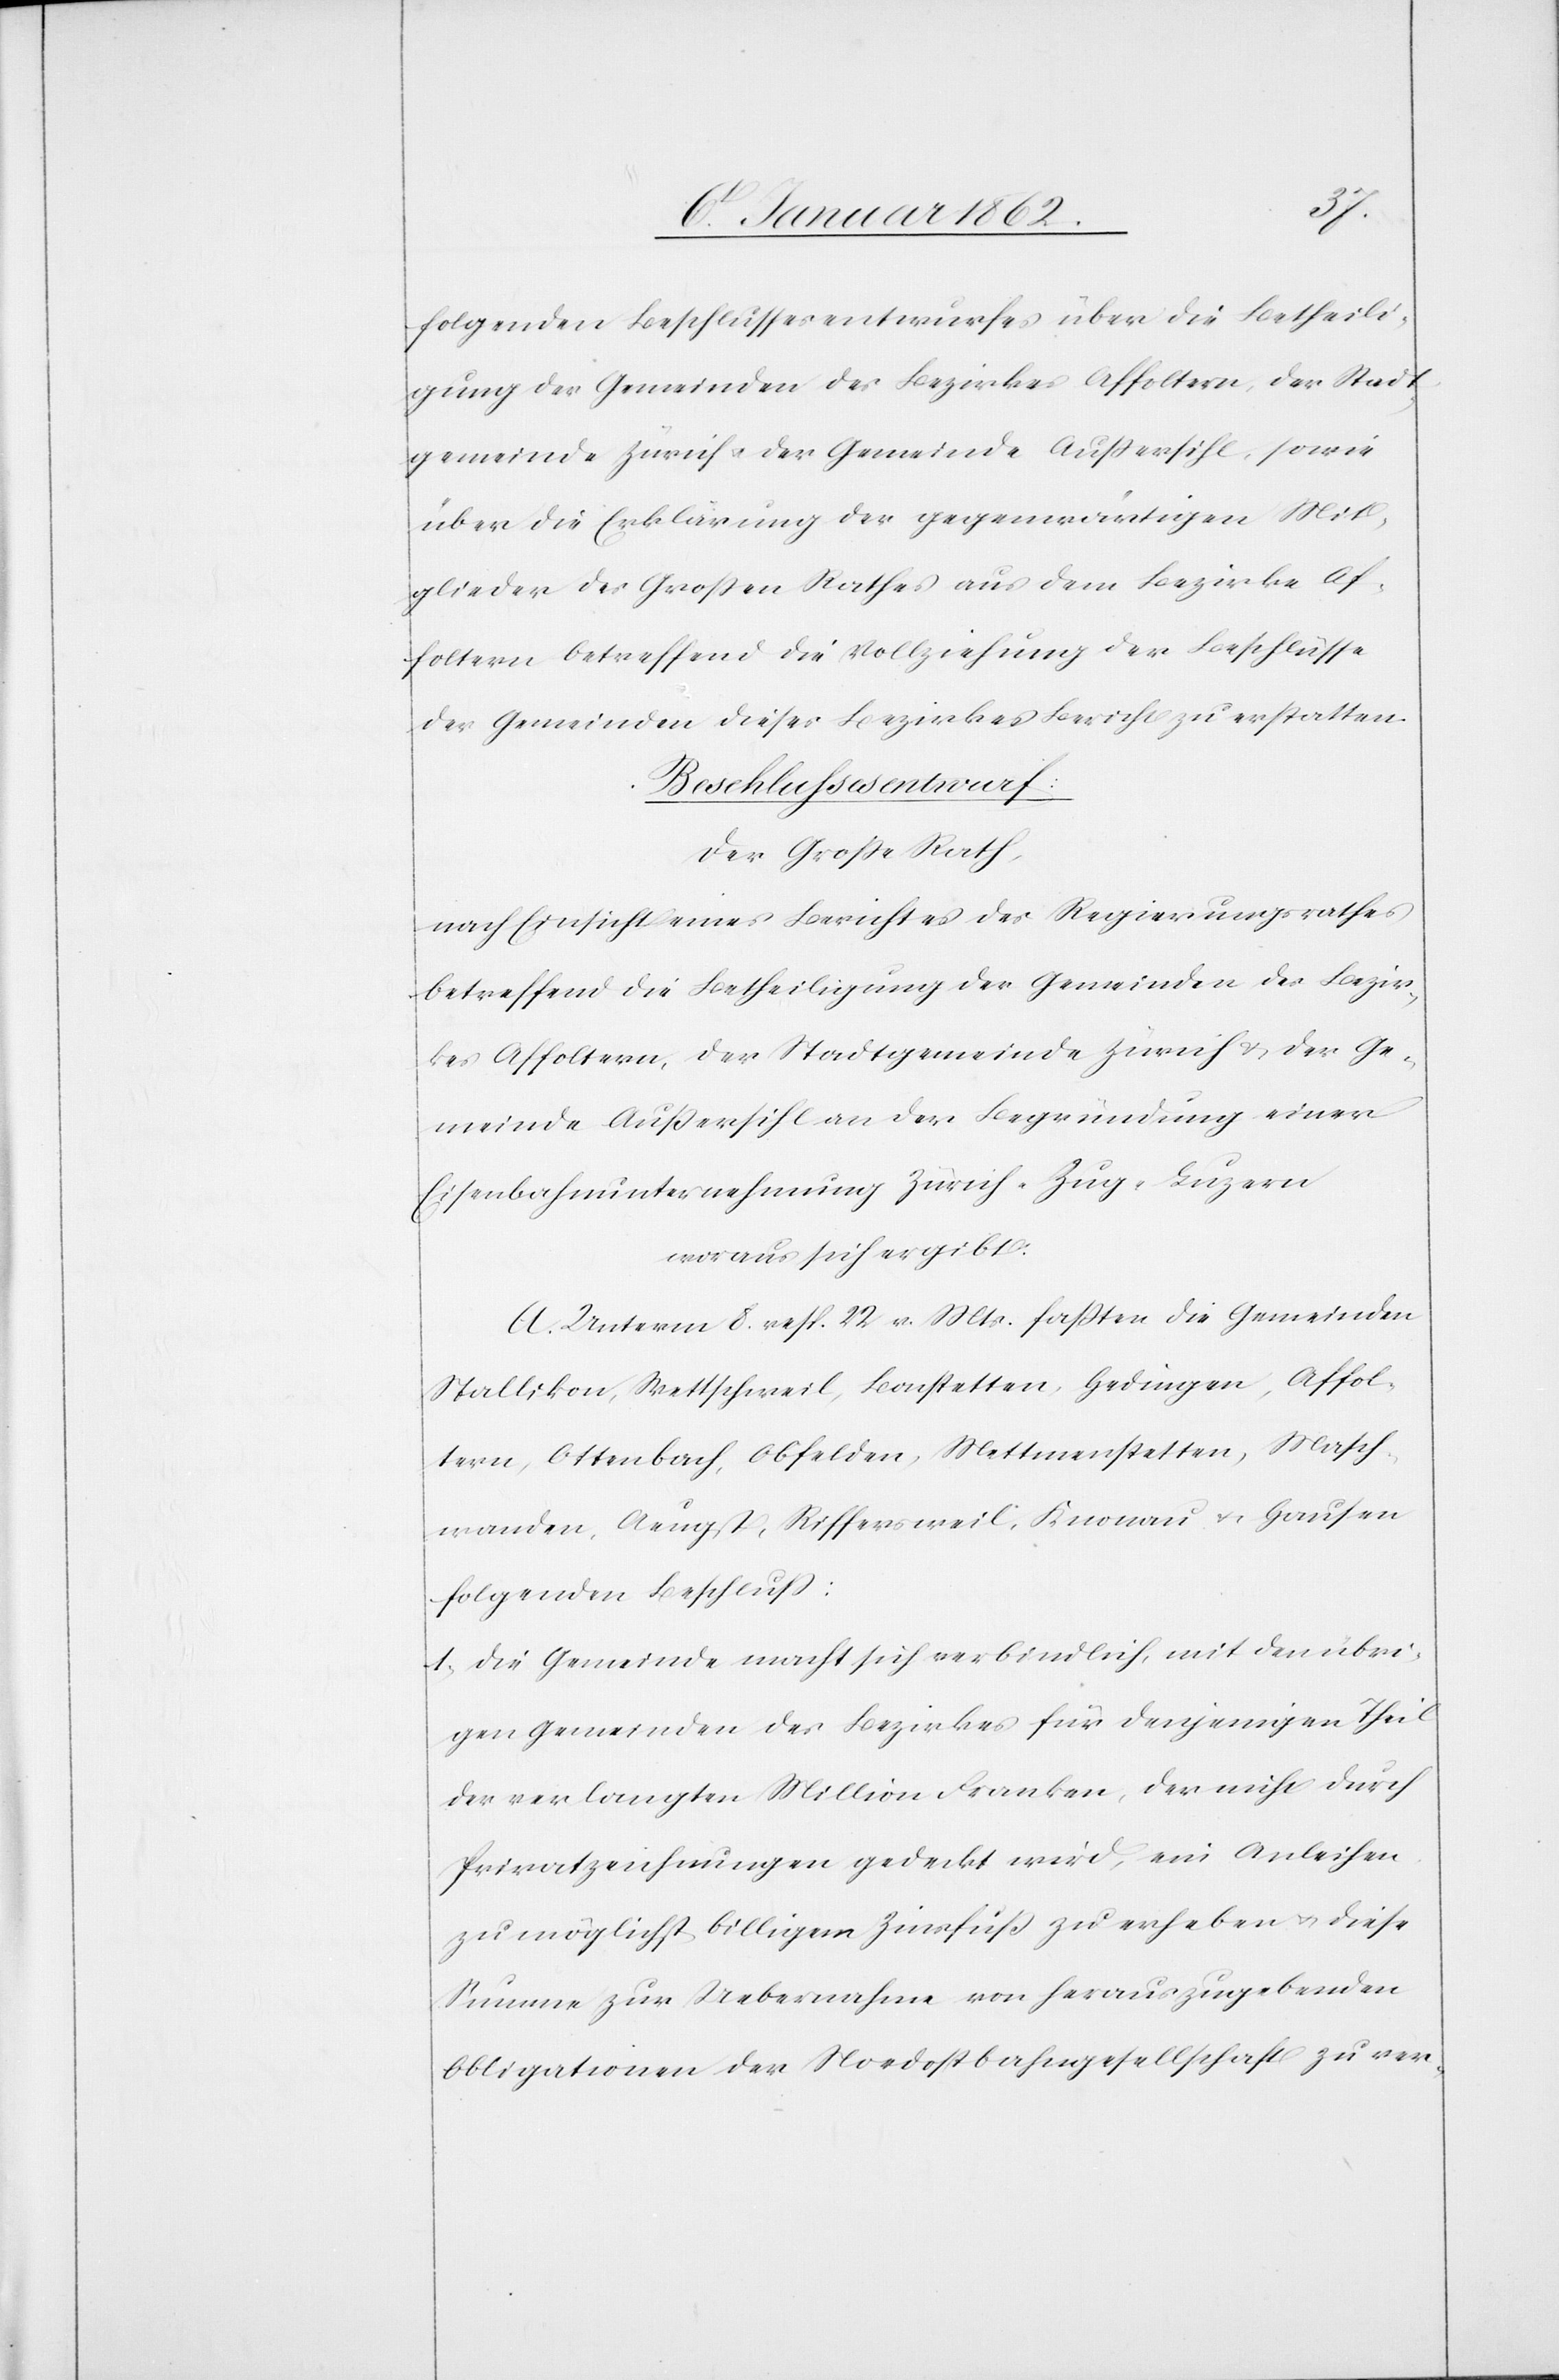
folgenden Beschlussesentwurfes über die Betheili¬
gung der Gemeinden des Bezirkes Affoltern, der Stadt¬
gemeinde Zürich u. der Gemeinde Außersihl, sowie
über die Erklärung der gegenwärtigen Mit¬
glieder des Großen Rathes aus dem Bezirke Af¬
foltern betreffend die Vollziehung der Beschlüsse
der Gemeinden dieses Bezirkes Bericht zu erstatten.
Beschlussesentwurf:
Der Große Rath,
nach Einsicht eines Berichtes des Regierungsrathes
betreffend die Betheiligung der Gemeinden des Bezir¬
kes Affoltern, der Stadtgemeinde Zürich u. der Ge¬
meinde Außersihl an der Begründung einer
Eisenbahnunternehmung Zürich–Zug–Luzern
woraus sich ergibt:
A. Unterm 8. resp. 22 v. Mts. faßten die Gemeinden
Stallikon, Wettschweil, Bonstetten, Hedingen, Affol¬
tern, Ottenbach, Obfelden, Mettmenstetten, Masch¬
wanden, Aeugst, Riffersweil, Knonau u. Hausen
folgenden Beschluß:
1. Die Gemeinde macht sich verbindlich, mit den übri¬
gen Gemeinden des Bezirkes für denjenigen Theil
der verlangten Million Franken, der nicht durch
Privatzeichnungen gedeckt wird, ein Anleihen
zu möglichst billigem Zinsfuß zu erheben u. diese
Summe zur Uebernahme von herauszugebenden
Obligationen der Nordostbahngesellschaft zu ver-